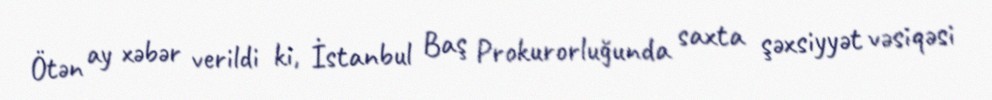
Ötən ay xəbər verildi ki, İstanbul Baş Prokurorluğunda saxta şəxsiyyət vəsiqəsi